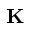
\mathbf { K }